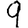
Digit: 9